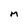
Character: M